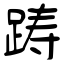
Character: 踌